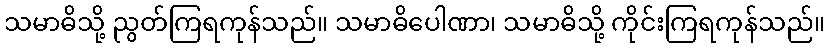
သမာဓိသို့ ညွတ်ကြရကုန်သည်။ သမာဓိပေါဏာ၊ သမာဓိသို့ ကိုင်းကြရကုန်သည်။